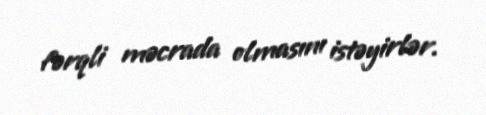
fərqli məcrada olmasını istəyirlər.